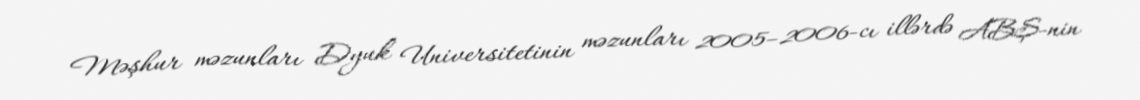
Məşhur məzunları Dyuk Universitetinin məzunları 2005–2006-cı illərdə ABŞ-nin